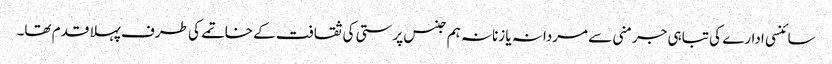
سائنسی ادارے کی تباہی جرمنی سے مردانہ یا زنانہ ہم جنس پرستی کی ثقافت کے خاتمے کی طرف پہلا قدم تھا۔